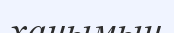
ханымын